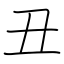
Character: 丑